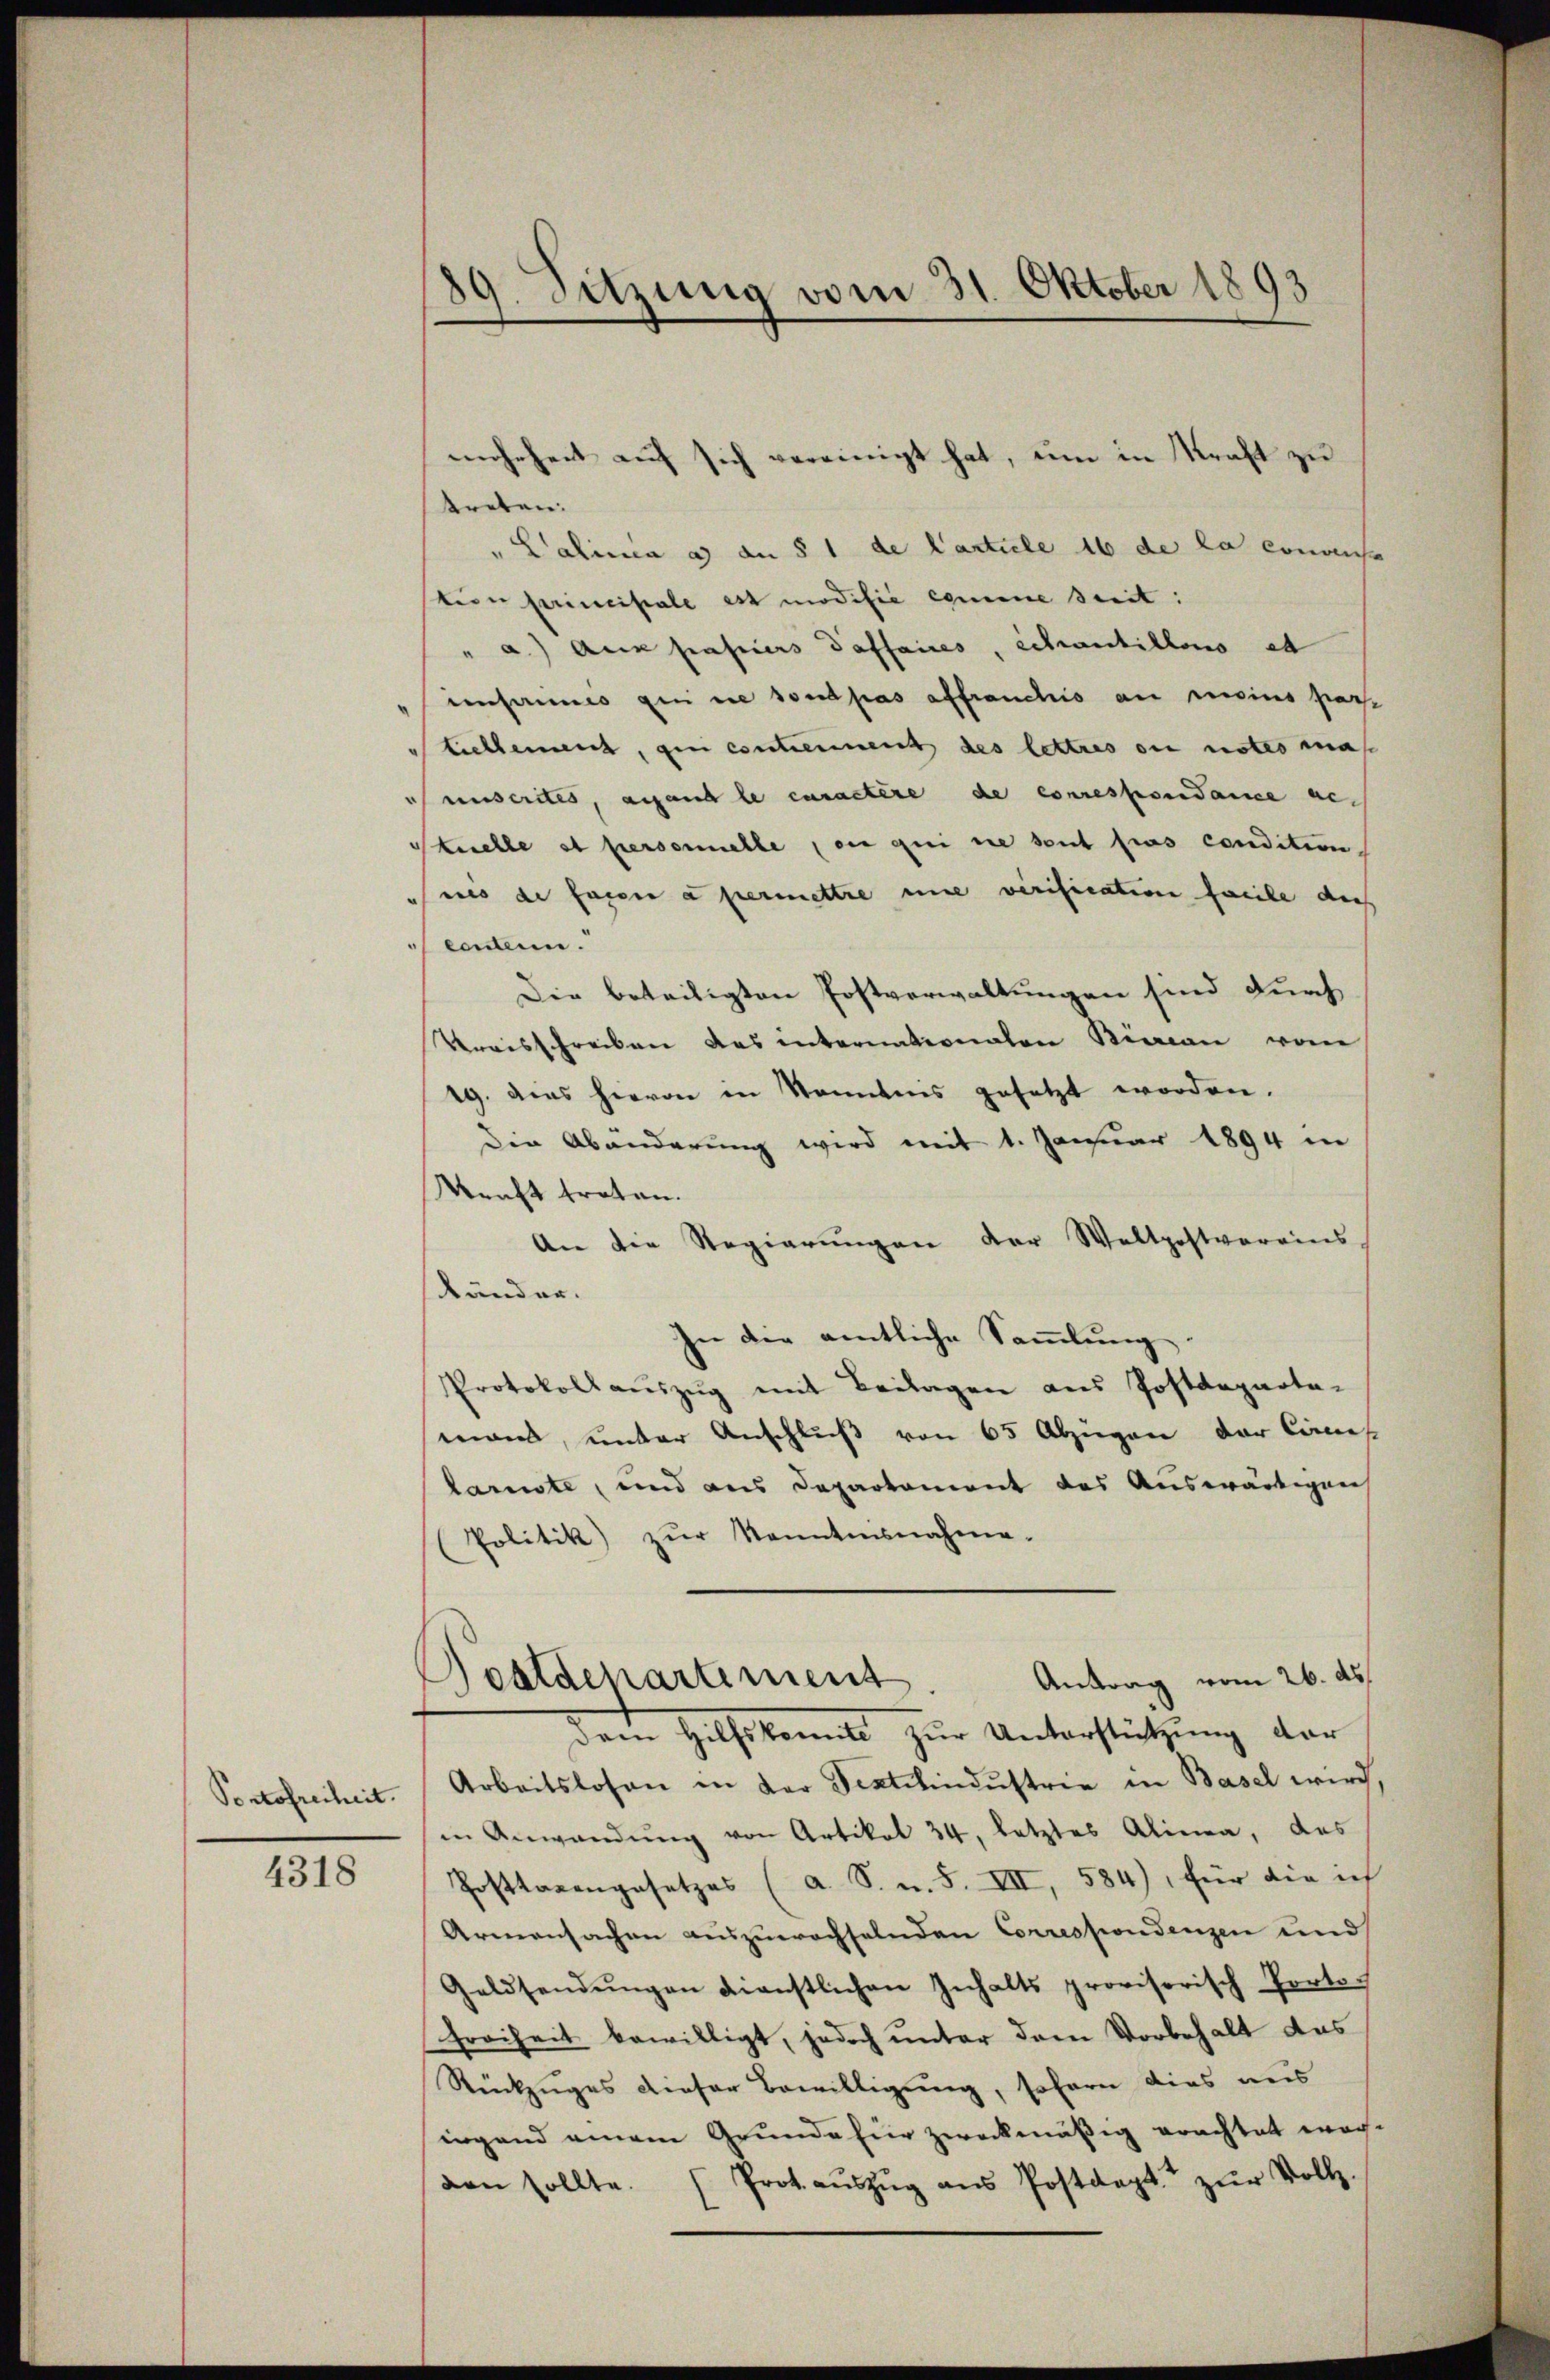
Portofreiheit.

4318

39. Sitzung vom 31. Oktober 1893

mehrheit auf sich vereinigt hat, um in Kraft zu

treten.
"Lalina a) an § 1 de Carticle 16 de la connus
stion principale est modifie comme suit:
" a.) Aux passiers daffaires, Schantillons et
einsames qui ne sont pas affranchis an meins passe
bichleien, den contiement des lettres ou notar mas
uuscrites, anfant le caractère de correspondance getuelle et personelle en qui sie sont pros condition
ues de fasen a permettre une verification facile dies
ecntern.
Die beteiligten Postverwaltungen sind durch
Kreisschreiben des internationalen Bian vom
19. dies hievon in konntens gesetzt worden.
Die Abänderung wird mit 1. Januar 1894 in
Kraft treten.
An die Regierungen der Weltpostvereins
Ränder.
In die amtliche Sammlung
Protokoll aŭszŭg mit Beilagen ans Postdeparta-
mand, unter Anschluß von 65 Abzügen der Cons
lannte, und aus Departament das Auswärtigen
(Politik) zŭr Kenntnisnahme.
Antrag vom 26. ds.
Sestdepartement.
Dem Hilfskomite zŭr Unterstützung der
Arbeitslosen in der Sentelindustrie in Basel wird,
in Anwendŭng von Artikel 34, letztes Alinea, das
Posttarengesetzes (a. S. u. S. VII, 584), für die ich
Armensachen auszuwachselnden Correspondenzen und
Geldsendungen dienstlichen Inhalts provisorisch Porto¬
Freiheit bewilligt, jedoch unter dem Vorbehalt das
Rückzuges dieser Bewilligung, sofern dies aus
ingend einem Grunde für zweckmäßig erachtet wor-
den sollte. Prot. aŭszŭg aŭs Postdept. zŭr Voll-